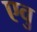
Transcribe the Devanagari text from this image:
एवु